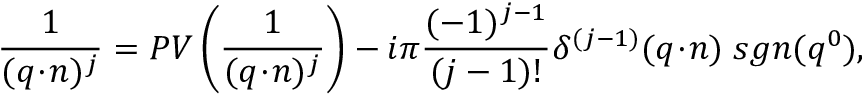
\frac { 1 } { ( q \! \cdot \! n ) ^ { j } } = P V \left( \frac { 1 } { ( q \! \cdot \! n ) ^ { j } } \right) - i \pi \frac { ( - 1 ) ^ { j - 1 } } { ( j - 1 ) ! } \delta ^ { ( j - 1 ) } ( q \! \cdot \! n ) \; s g n ( q ^ { 0 } ) ,